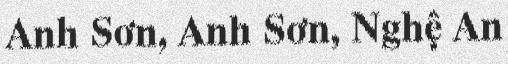
Anh Sơn, Anh Sơn, Nghệ An